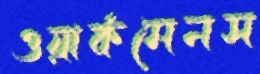
ওয়ার্কমেনস